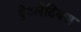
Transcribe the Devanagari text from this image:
ऐथ्लेटिक्स